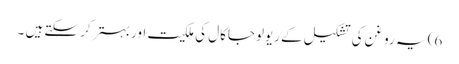
6) یہ روغن کی تشکیل کے ریولوجاکال کی ملکیت اور بہتر کر سکتے ہیں ۔